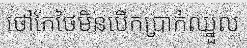
ថៅកែថៃមិនបើកប្រាក់ឈ្នួល